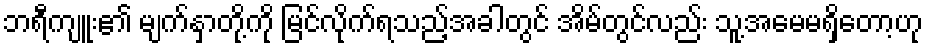
ဘရီကျူး၏ မျက်နှာတို့ကို မြင်လိုက်ရသည့်အခါတွင် အိမ်တွင်လည်း သူ့အမေမရှိတော့ဟု